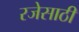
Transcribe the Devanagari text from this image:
रजेसाठी